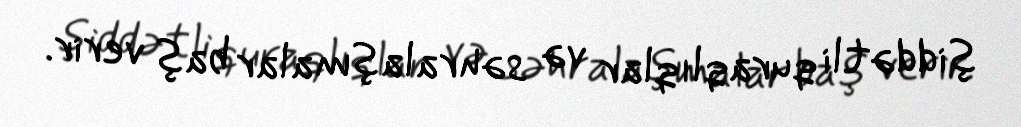
şiddətli quraqlıqlar və səhralaşmalar baş verir.